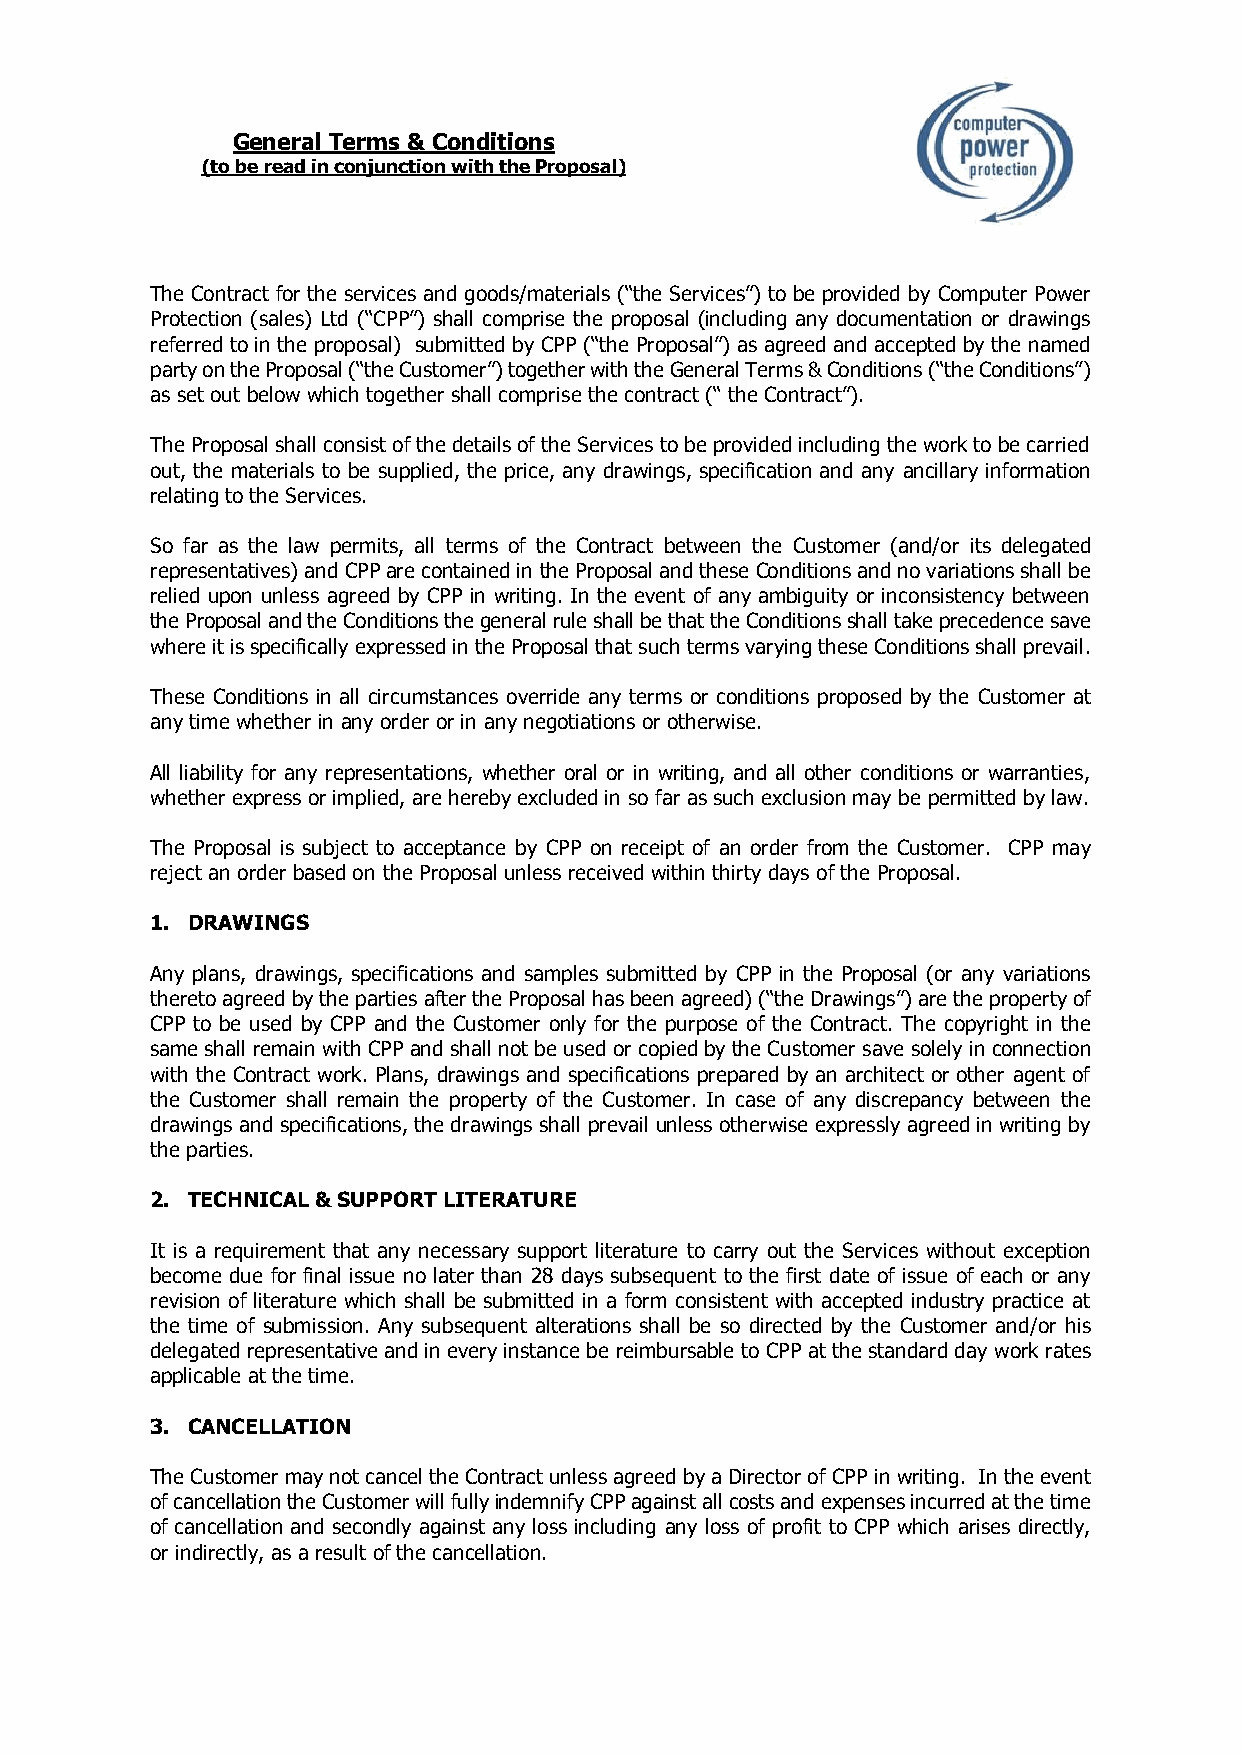
General Terms & Conditions
 (to be read in conjunction with the Proposal)
 The Contract for the services and goods/materials (“the Services”) to be provided by Computer Power
 Protection (sales) Ltd (“CPP”) shall comprise the proposal (including any documentation or drawings
 referred to in the proposal) submitted by CPP (“the Proposal”) as agreed and accepted by the named
 party on the Proposal (“the Customer”) together with the General Terms & Conditions (“the Conditions”)
 as set out below which together shall comprise the contract (“ the Contract”).
 The Proposal shall consist of the details of the Services to be provided including the work to be carried
 out, the materials to be supplied, the price, any drawings, specification and any ancillary information
 relating to the Services.
 So far as the law permits, all terms of the Contract between the Customer (and/or its delegated
 representatives) and CPP are contained in the Proposal and these Conditions and no variations shall be
 relied upon unless agreed by CPP in writing. In the event of any ambiguity or inconsistency between
 the Proposal and the Conditions the general rule shall be that the Conditions shall take precedence save
 where it is specifically expressed in the Proposal that such terms varying these Conditions shall prevail.
 These Conditions in all circumstances override any terms or conditions proposed by the Customer at
 any time whether in any order or in any negotiations or otherwise.
 All liability for any representations, whether oral or in writing, and all other conditions or warranties,
 whether express or implied, are hereby excluded in so far as such exclusion may be permitted by law.
 The Proposal is subject to acceptance by CPP on receipt of an order from the Customer. CPP may
 reject an order based on the Proposal unless received within thirty days of the Proposal.
 1. DRAWINGS
 Any plans, drawings, specifications and samples submitted by CPP in the Proposal (or any variations
 thereto agreed by the parties after the Proposal has been agreed) (“the Drawings”) are the property of
 CPP to be used by CPP and the Customer only for the purpose of the Contract. The copyright in the
 same shall remain with CPP and shall not be used or copied by the Customer save solely in connection
 with the Contract work. Plans, drawings and specifications prepared by an architect or other agent of
 the Customer shall remain the property of the Customer. In case of any discrepancy between the
 drawings and specifications, the drawings shall prevail unless otherwise expressly agreed in writing by
 the parties.
 2. TECHNICAL & SUPPORT LITERATURE
 It is a requirement that any necessary support literature to carry out the Services without exception
 become due for final issue no later than 28 days subsequent to the first date of issue of each or any
 revision of literature which shall be submitted in a form consistent with accepted industry practice at
 the time of submission. Any subsequent alterations shall be so directed by the Customer and/or his
 delegated representative and in every instance be reimbursable to CPP at the standard day work rates
 applicable at the time.
 3. CANCELLATION
 The Customer may not cancel the Contract unless agreed by a Director of CPP in writing. In the event
 of cancellation the Customer will fully indemnify CPP against all costs and expenses incurred at the time
 of cancellation and secondly against any loss including any loss of profit to CPP which arises directly,
 or indirectly, as a result of the cancellation.